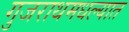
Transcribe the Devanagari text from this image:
गुजराथमधल्यात